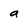
Character: a